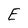
Character: E